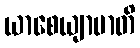
ယာစေယျာမာတိ